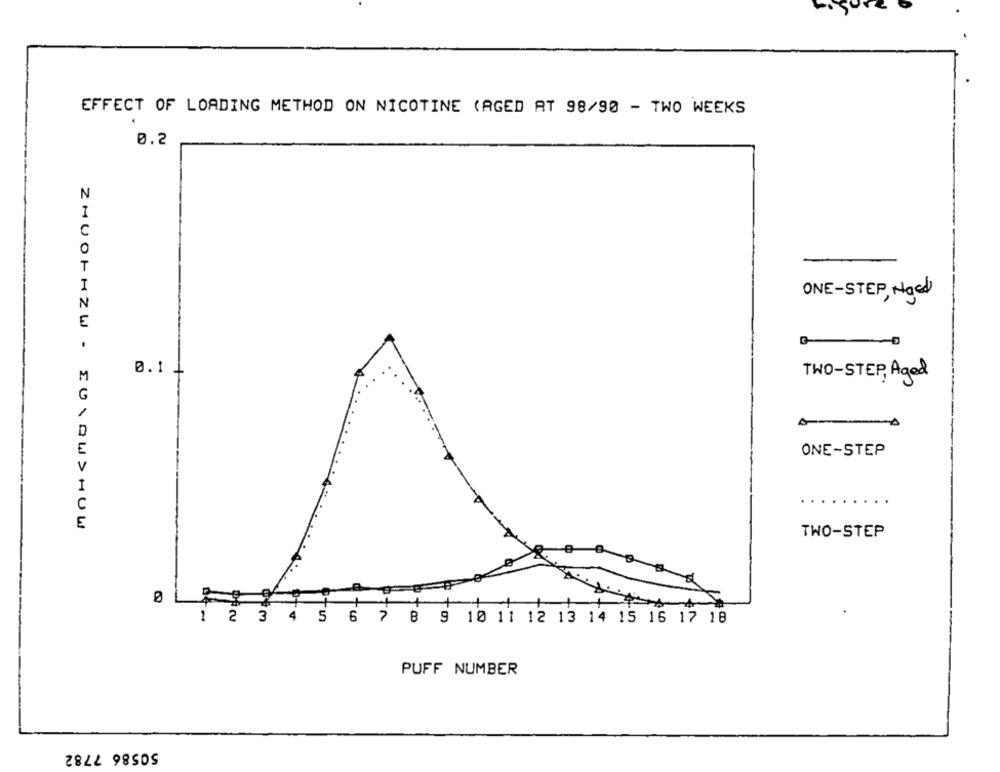
EFFECT OF LOADING METHOD ON NICOTINE (AGED RT 98/90 - TWO WEEKS
0.2
N
I
T
I
ONE-STEP, Nged
N
E
0.1 4
M
TWO-STEP, Aged
G
-
ONE-STEP
I
C
TWO-STEP
0
2 3 4 5 6 7 8 9 10 11 12 13 14 15 16 17 18
PUFF NUMBER
50586 7782